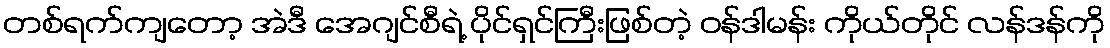
တစ်ရက်ကျတော့ အဲဒီ အေဂျင်စီရဲ့ ပိုင်ရှင်ကြီးဖြစ်တဲ့ ဝန်ဒါမန်း ကိုယ်တိုင် လန်ဒန်ကို